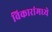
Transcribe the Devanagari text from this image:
विकारांमध्ये